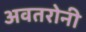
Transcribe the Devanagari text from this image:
अवतरोनी